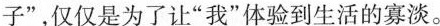
子”,仅仅是为了让“我”体验到生活的寡淡。